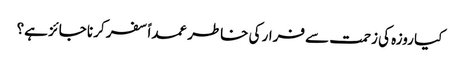
کیا روزہ کی زحمت سے فرار کی خاطر عمداً سفر کرنا جائز ہے؟